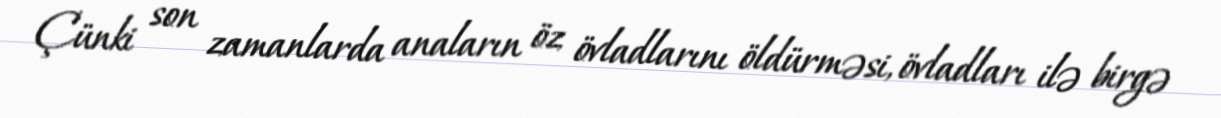
Çünki son zamanlarda anaların öz övladlarını öldürməsi, övladları ilə birgə